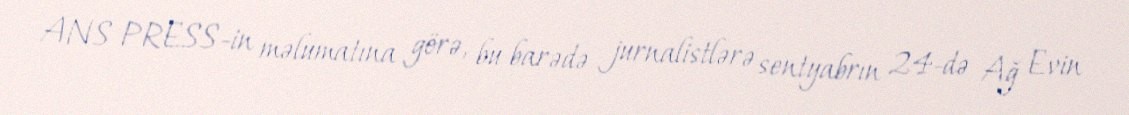
ANS PRESS-in məlumatına görə, bu barədə jurnalistlərə sentyabrın 24-də Ağ Evin